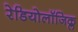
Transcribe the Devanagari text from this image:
रेडियोलॉजिक्ल